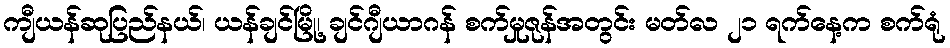
ကျီယန်ဆုပြည်နယ်၊ ယန်ချင်မြို့၊ ချင်ဂျီယာဂန် စက်မှုဇုန်အတွင်း မတ်လ ၂၁ ရက်နေ့က စက်ရုံ